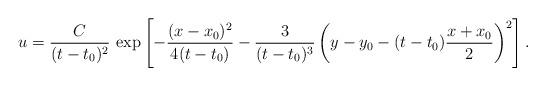
LaTeX: \begin{align*}u = \frac{C}{(t-t_0)^2} \, \exp\left[-\frac{(x-x_0)^2}{4(t-t_0)}-\frac{3}{(t-t_0)^3} \left(y-y_0 -(t-t_0) \frac{x+x_0}{2} \right)^2 \right].\end{align*}